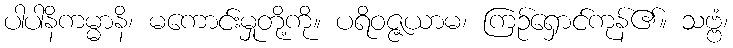
ပါပါနိကမ္မာနိ၊ မကောင်းမှုတို့ကို။ ပရိဝဇ္ဇယာမ၊ ကြဉ်ရှောင်ကုန်၏။ သဗ္ဗံ၊